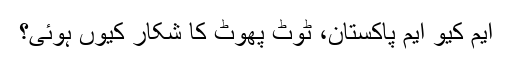
ایم کیو ایم پاکستان، ٹوٹ پھوٹ کا شکار کیوں ہوئی؟